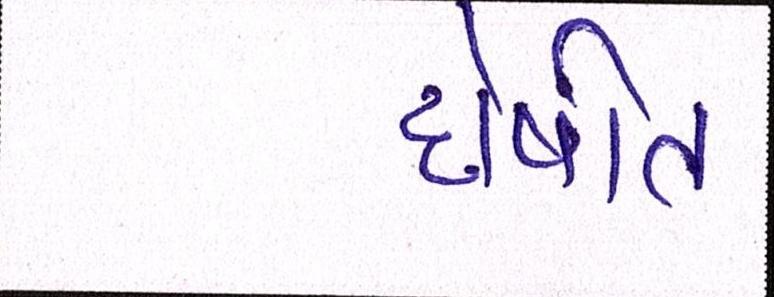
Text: દોષીત